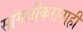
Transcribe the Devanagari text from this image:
सांगलीकरांनाही